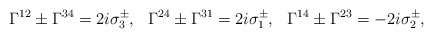
\begin{align*}\Gamma^{12}\pm \Gamma^{34}=2i\sigma_3^{\pm},\,\,\,\,\Gamma^{24}\pm \Gamma^{31}=2i\sigma_1^{\pm},\,\,\,\,\Gamma^{14}\pm\Gamma^{23}=-2i\sigma_2^{\pm},\end{align*}